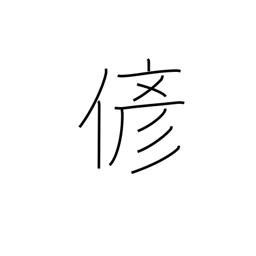
Meaning: fake